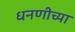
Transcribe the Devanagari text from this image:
धनणीच्या